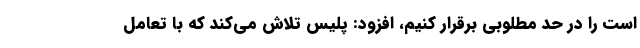
است را در حد مطلوبی برقرار کنیم، افزود: پلیس تلاش می‌کند که با تعامل